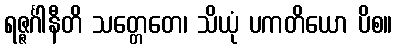
ရဇ္ဇင်္ဂါနီတိ သတ္တေတေ၊ သိယုံ ပကတိယော ပိစ။